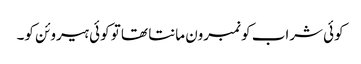
کوئی شراب کو نمبرون مانتا تھا تو کوئی ہیروئن کو۔